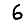
Digit: 6